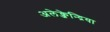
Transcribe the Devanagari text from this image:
अलेक्जेन्द्रिया